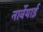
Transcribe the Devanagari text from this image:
नार्वेयाई